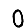
Digit: 0